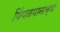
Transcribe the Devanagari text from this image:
पिंपळपानाच्या